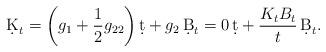
LaTeX: \begin{align*}\d K_t = \left( g_1 + \frac{1}{2}g_{22} \right) \d t + g_2 \,\d B_t = 0 \,\d t + \frac{K_t B_t}{t} \,\d B_t . \end{align*}